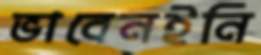
ভাবেনইনি